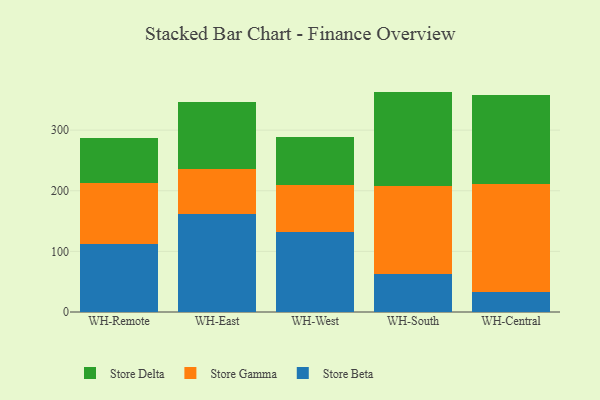
{"axis": {"x": "Warehouse", "y": "Satisfaction Score"}, "legend": ["Store Beta", "Store Delta", "Store Gamma"], "data": [{"x": "WH-Remote", "y": 112.6, "type": "Store Beta"}, {"x": "WH-Remote", "y": 100.9, "type": "Store Gamma"}, {"x": "WH-Remote", "y": 72.8, "type": "Store Delta"}, {"x": "WH-East", "y": 161.1, "type": "Store Beta"}, {"x": "WH-East", "y": 74.8, "type": "Store Gamma"}, {"x": "WH-East", "y": 111.1, "type": "Store Delta"}, {"x": "WH-West", "y": 131.4, "type": "Store Beta"}, {"x": "WH-West", "y": 78.7, "type": "Store Gamma"}, {"x": "WH-West", "y": 78.9, "type": "Store Delta"}, {"x": "WH-South", "y": 62.1, "type": "Store Beta"}, {"x": "WH-South", "y": 145.7, "type": "Store Gamma"}, {"x": "WH-South", "y": 155.8, "type": "Store Delta"}, {"x": "WH-Central", "y": 33.1, "type": "Store Beta"}, {"x": "WH-Central", "y": 177.8, "type": "Store Gamma"}, {"x": "WH-Central", "y": 147.9, "type": "Store Delta"}]}